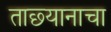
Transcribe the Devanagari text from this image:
ताछ्यानाचा